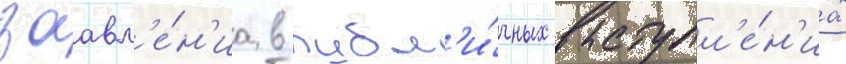
заавл'е́н'иа в публ'и́чных выступл'е́н'иах